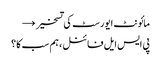
مائونٹ ایورسٹ کی تسخیر →
پی ایس ایل فائنل ، ہم سب کا ؟